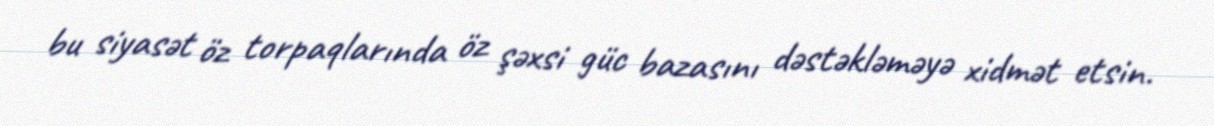
bu siyasət öz torpaqlarında öz şəxsi güc bazasını dəstəkləməyə xidmət etsin.